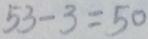
5 3 - 3 = 5 0